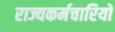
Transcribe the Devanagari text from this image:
राज्यकर्मचारियों